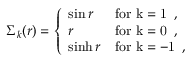
\Sigma _ { k } ( r ) = \left\{ \begin{array} { l l } { { \sin r } } & { { \mathrm { f o r ~ k = 1 ~ } \, , } } \\ { { r } } & { { \mathrm { f o r ~ k = 0 ~ } \, , } } \\ { { \sinh r } } & { { \mathrm { f o r ~ k = - 1 ~ } \, , } } \end{array} \right.